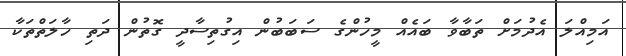
އަމިއްލަ އެދުމަށް ތަބާވާ ބައެއް މީހުންގެ ސަބަބުން އިގުތިސާދީ ގޮތުން ދަތި ހާލަތްތަކާ